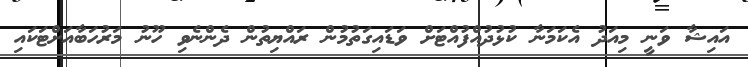
އައިޝާ ވަނީ މިއަދު އެކަމަނާ ކުޅުދުއްފުއްޓަށް ވަޑައިގަތުމުން ރައްޔިތުން ދެންނެވި ހޫނު މަރުހަބާއަށްޓަކައި